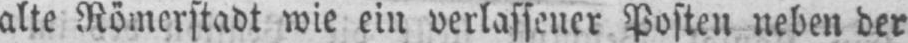
alte Römerstadt wie ein verlassener Posten neben der